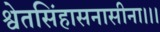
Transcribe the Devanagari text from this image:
श्वेतसिंहासनासीना।।।